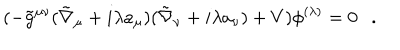
( - \tilde { g } ^ { \mu \nu } ( \tilde { \nabla } _ { \mu } + i \lambda a _ { \mu } ) ( \tilde { \nabla } _ { \nu } + i \lambda a _ { \nu } ) + V ) \phi ^ { ( \lambda ) } = 0 .